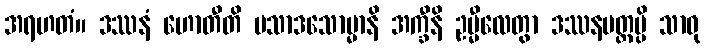
အရဟတံ။ ဒဿနံ ဟောတီတိ ပသာဒသောမ္မာနိ အက္ခီနိ ဥမ္မီလေတွာ ဒဿနမတ္တမ္ပိ သာဓု